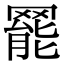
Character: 𦋼